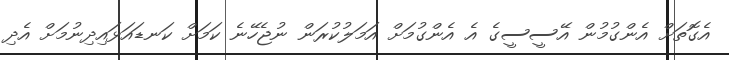
އެގޮތަށް އެންގުމުން އޭސީސީގެ އެ އެންގުމަށް އަމަލުކުރަން ނުޖެހޭނެ ކަމަށް ކަނޑައަޅައިދިނުމަށް އެދި